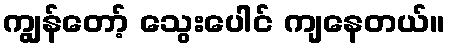
ကျွန်တော့် သွေးပေါင် ကျနေတယ်။